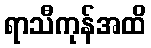
ရာသီကုန်အထိ